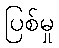
ပြစ်မှု